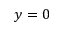
y = 0